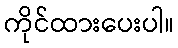
ကိုင်ထားပေးပါ။